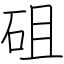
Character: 砠